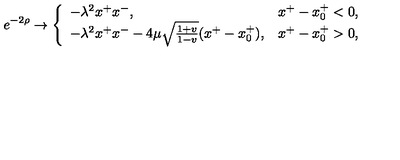
e ^ { - 2 \rho } \rightarrow \left\{ \begin{array} { l l } { - \lambda ^ { 2 } x ^ { + } x ^ { - } , } & { x ^ { + } - x _ { 0 } ^ { + } < 0 , } \\ { - \lambda ^ { 2 } x ^ { + } x ^ { - } - 4 \mu \sqrt { \frac { 1 + v } { 1 - v } } ( x ^ { + } - x _ { 0 } ^ { + } ) , } & { x ^ { + } - x _ { 0 } ^ { + } > 0 , } \\ \end{array} \right.